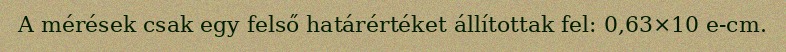
A mérések csak egy felső határértéket állítottak fel: 0,63×10 e-cm.